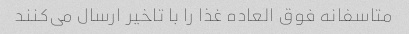
متاسفانه فوق العاده غذا را با تاخیر ارسال می‌کنند